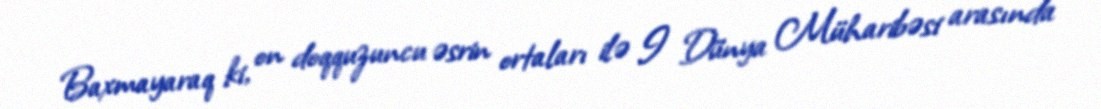
Baxmayaraq ki, on doqquzuncu əsrin ortaları ilə I Dünya Müharibəsi arasında